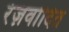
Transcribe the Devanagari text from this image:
रेज़वोदित